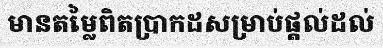
មានតម្លៃពិតប្រាកដសម្រាប់ផ្តល់ដល់